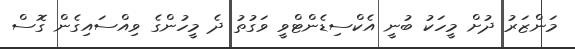
މަންޒަރު ދުށް މީހަކު ބުނީ އެކްސިޑެންޓްވީ ވަގުތު ދެ މީހުންގެ ވިއްސައިގެން ގޮސް